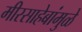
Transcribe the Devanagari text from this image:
मीरसाहेबांमुळे